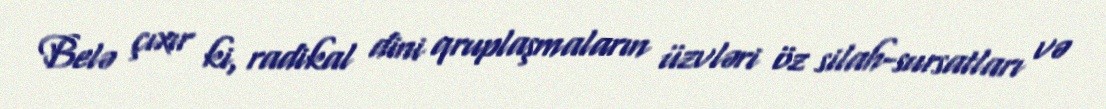
Belə çıxır ki, radikal dini qruplaşmaların üzvləri öz silah-sursatları və